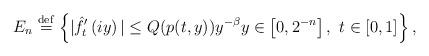
LaTeX: \begin{align*} E_n \overset{\mathrm{def}}{=} \left\{|\hat{f}'_{t}\left(iy\right)|\le Q(p(t,y)) y^{-\beta} y\in \left[0, 2^{-n}\right], \ t\in \left[0,1\right]\right\},\end{align*}